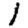
Digit: 1